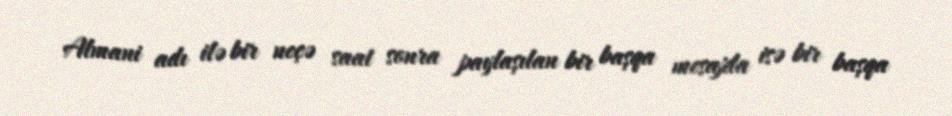
Almani adı ilə bir neçə saat sonra paylaşılan bir başqa mesajda isə bir başqa